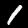
Label: 1